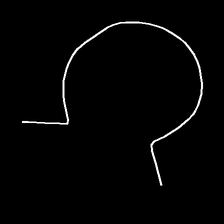
Glyph: weave